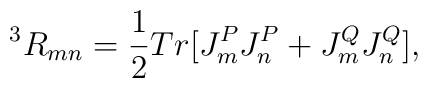
^3R_{mn} = \frac {1}{2}Tr[J^P_mJ^P_n + J^Q_mJ^Q_n],